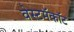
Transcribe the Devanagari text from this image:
वेस्टमॅकॉट